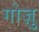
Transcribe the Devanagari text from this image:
गोज़ु